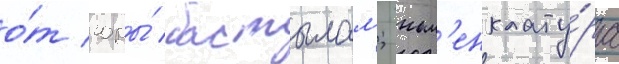
о́т горы́ бастылам; ном'енклату́ра